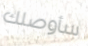
سأوصلك